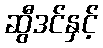
ဆွီဒင်နှင့်